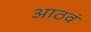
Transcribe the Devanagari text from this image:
आठवं